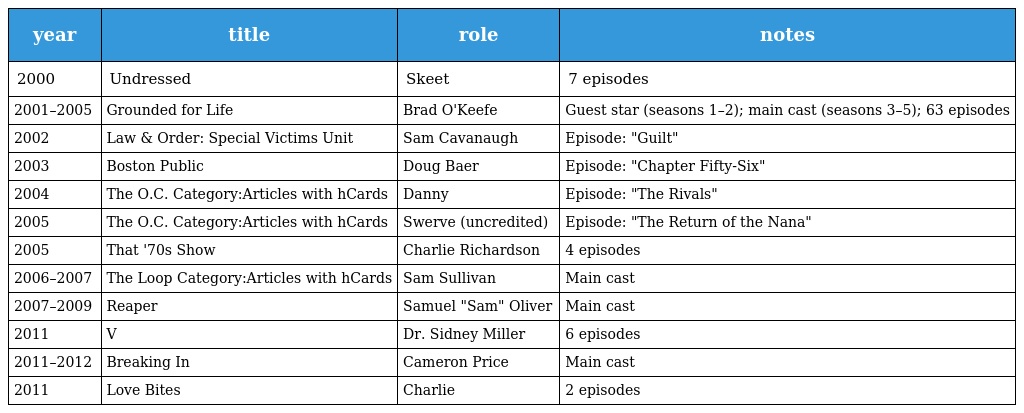
| year | title | role | notes |
 | --- | --- | --- | --- |
 | 2000 | Undressed | Skeet | 7 episodes |
 | 2001–2005 | Grounded for Life | Brad O'Keefe | Guest star (seasons 1–2); main cast (seasons 3–5); 63 episodes |
 | 2002 | Law & Order: Special Victims Unit | Sam Cavanaugh | Episode: "Guilt" |
 | 2003 | Boston Public | Doug Baer | Episode: "Chapter Fifty-Six" |
 | 2004 | The O.C. Category:Articles with hCards | Danny | Episode: "The Rivals" |
 | 2005 | The O.C. Category:Articles with hCards | Swerve (uncredited) | Episode: "The Return of the Nana" |
 | 2005 | That '70s Show | Charlie Richardson | 4 episodes |
 | 2006–2007 | The Loop Category:Articles with hCards | Sam Sullivan | Main cast |
 | 2007–2009 | Reaper | Samuel "Sam" Oliver | Main cast |
 | 2011 | V | Dr. Sidney Miller | 6 episodes |
 | 2011–2012 | Breaking In | Cameron Price | Main cast |
 | 2011 | Love Bites | Charlie | 2 episodes |